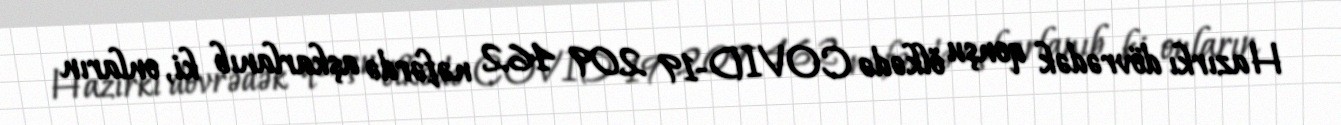
Hazırkı dövrədək qonşu ölkədə COVID-19 209 462 nəfərdə aşkarlanıb ki, onların